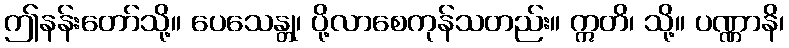
ဤနန်းတော်သို့။ ပေသေန္တု၊ ပို့လာစေကုန်သတည်း။ ဣတိ၊ သို့။ ပဏ္ဏာနိ၊